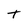
Character: t